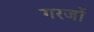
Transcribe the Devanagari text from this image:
गरजों